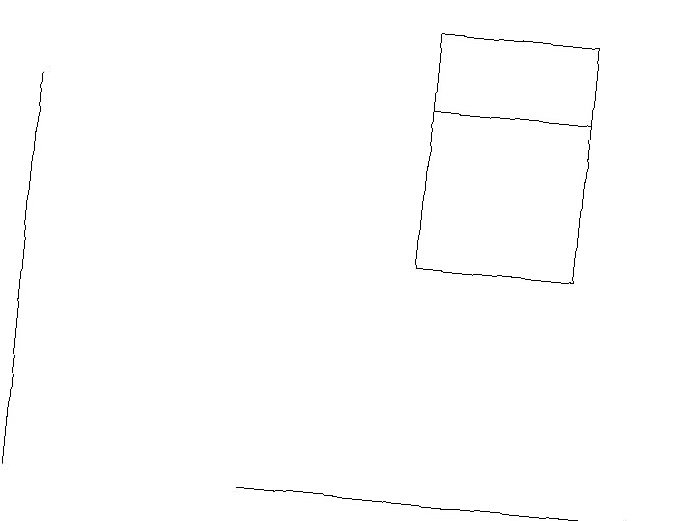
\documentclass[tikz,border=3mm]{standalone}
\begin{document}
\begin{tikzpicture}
\draw (0,10) rectangle (0,15);
\draw (7,15) rectangle (5,15);
\draw[->] (3,10) -- (8,10);
\draw (5,16) rectangle (7,13);
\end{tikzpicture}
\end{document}